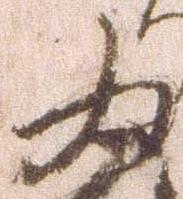
為